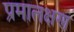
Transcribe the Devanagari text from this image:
प्रमालक्षण